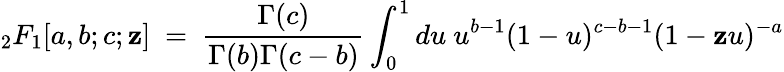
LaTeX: _{2}F_{1}[a,b;c;\mathbf{z}]\ =\ \frac{{\Gamma(c)}}{{\Gamma(b)\Gamma(c-b)}}\int_{0}^{1}du\ u^{b-1}(1-u)^{c-b-1}(1-\mathbf{z}u)^{-a}